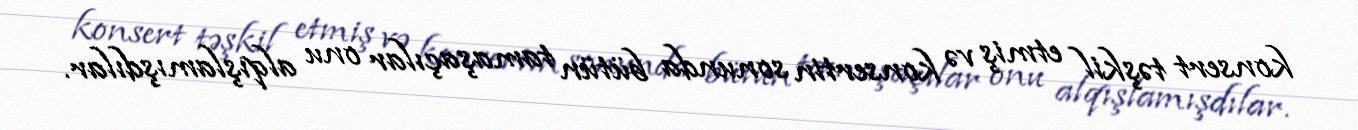
konsert təşkil etmiş və konsertin sonunda bütün tamaşaçılar onu alqışlamışdılar.